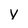
Character: v